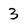
Character: 3